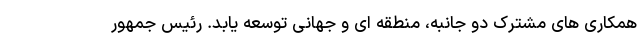
همکاری های مشترک دو جانبه، منطقه ای و جهانی توسعه یابد. رئیس جمهور